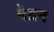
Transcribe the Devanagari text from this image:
बेब्रन